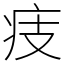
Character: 㽻